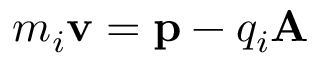
m _ { i } { \mathbf v } = { \mathbf p } - q _ { i } { \mathbf A }